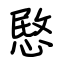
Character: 愍